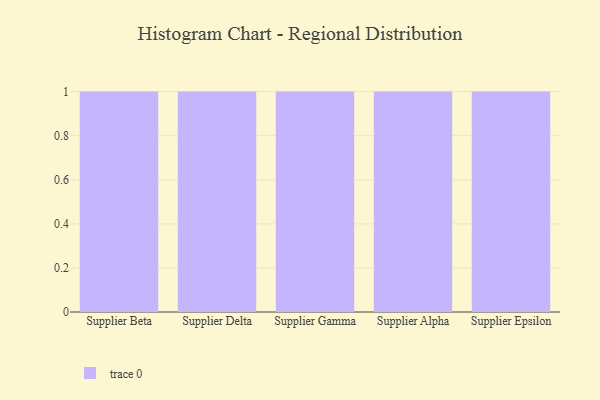
{"axis": {"x": "Supplier", "y": "Temperature (°C)"}, "legend": [""], "data": [{"x": "Supplier Beta", "y": 14, "type": ""}, {"x": "Supplier Delta", "y": 91, "type": ""}, {"x": "Supplier Gamma", "y": 58, "type": ""}, {"x": "Supplier Alpha", "y": 83, "type": ""}, {"x": "Supplier Epsilon", "y": 31, "type": ""}]}